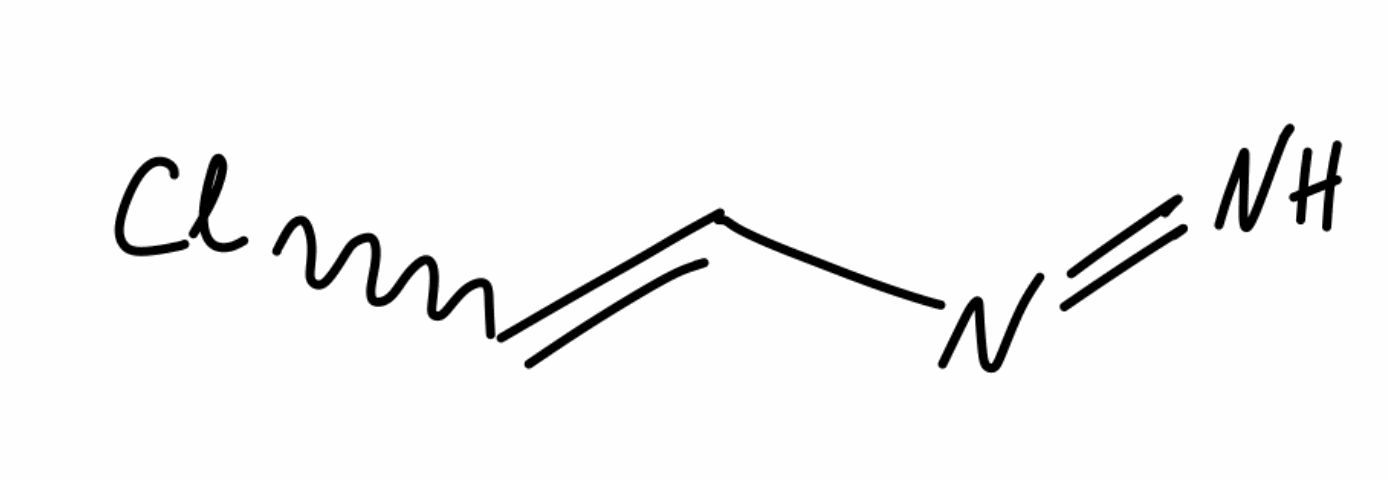
Simplified molecular-input line-entry system (SMILES) notation of the given molecule:
C(=CCl)N=N